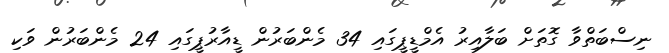
ނިސްބަތްވާ ގޮތަށް ބަލާއިރު އެމްޑީޕީގައި 34 މެންބަރުން ޑީއާރުޕީގައި 24 މެންބަރުން ވަކި